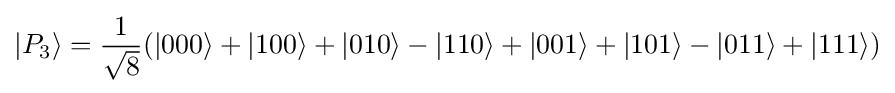
{\left|P_{3}\right\rangle }={\frac {1}{\sqrt {8}}}({\left|000\right\rangle }+{\left|100\right\rangle }+{\left|010\right\rangle }-{\left|110\right\rangle }+{\left|001\right\rangle }+{\left|101\right\rangle }-{\left|011\right\rangle }+{\left|111\right\rangle })